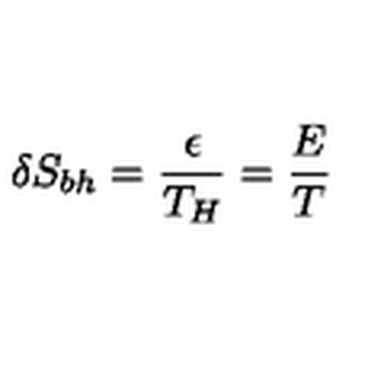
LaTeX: \delta S _ { b h } = \frac { \epsilon } { T _ { H } } = \frac { E } { T }